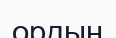
ордың